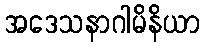
အဒေသနာဂါမိနိယာ